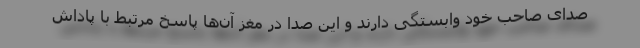
صدای صاحب خود وابستگی دارند و این صدا در مغز آن‌ها پاسخ مرتبط با پاداش